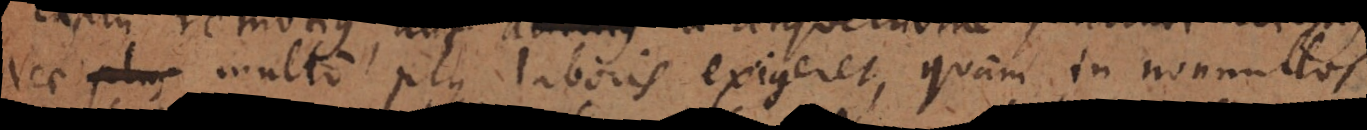
Nec plus multo plus laboris exigeret, quam in nonnullos